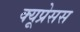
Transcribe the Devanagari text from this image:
क्यूप्रेसस